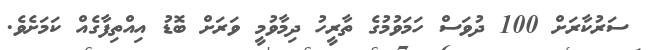
ސަރުކާރަށް 100 ދުވަސް ހަމަވުމުގެ ތާރީހު ދިމާވުމީ ވަރަށް ބޮޑު އިއްތިފާގެއް ކަމަށެވެ.